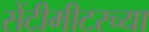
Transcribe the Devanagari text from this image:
सेंटीमीटरच्या